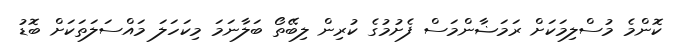
ކޮންމެ މުސްލިމަކަށް ރަމަޟާންމަސް ފެށުމުގެ ކުރިން ލިބޭތޯ ބަލާނަމަ މިކަހަލަ މައްސަލަތަކަށް ބޮޑު